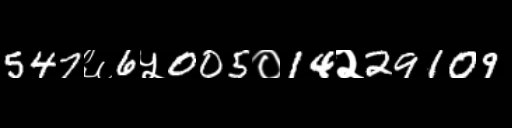
Text: 547६6५005०14२29109